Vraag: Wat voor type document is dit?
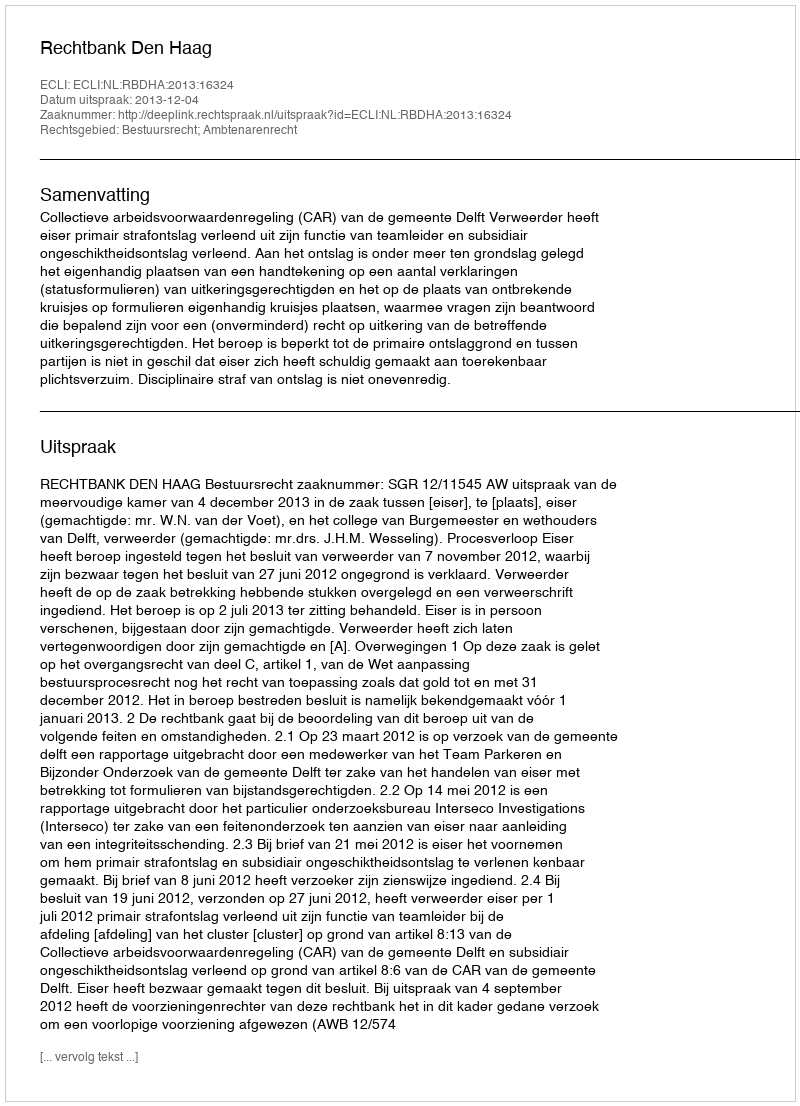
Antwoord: Uitspraak